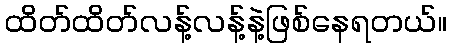
ထိတ်ထိတ်လန့်လန့်နဲ့ဖြစ်နေရတယ်။